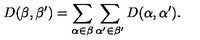
D ( \beta , \beta ^ { \prime } ) = \sum _ { \alpha \in \beta } \sum _ { \alpha ^ { \prime } \in \beta ^ { \prime } } D ( \alpha , \alpha ^ { \prime } ) .